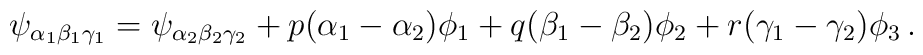
\psi_{\alpha_1\beta_1\gamma_1}=\psi_{\alpha_2\beta_2\gamma_2}+p(\alpha_1-\alpha_2)\phi_1+q(\beta_1-\beta_2)\phi_2+r(\gamma_1-\gamma_2)\phi_3\,.